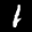
Label: 1